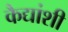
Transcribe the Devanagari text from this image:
कैद्यांशी